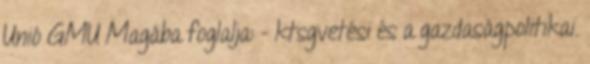
Unió GMU Magába foglalja: - ktsgvetési és a gazdaságpolitikai.